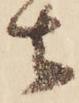
去